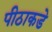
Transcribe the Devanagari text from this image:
पीठाकडे